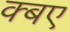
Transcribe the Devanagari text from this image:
क्बए